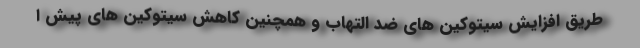
طریق افزایش سیتوکین های ضد التهاب و همچنین کاهش سیتوکین های پیش ا